Civil Veterinary Dept. Assam report 1927-50 - 1927-1950
Year: 1927
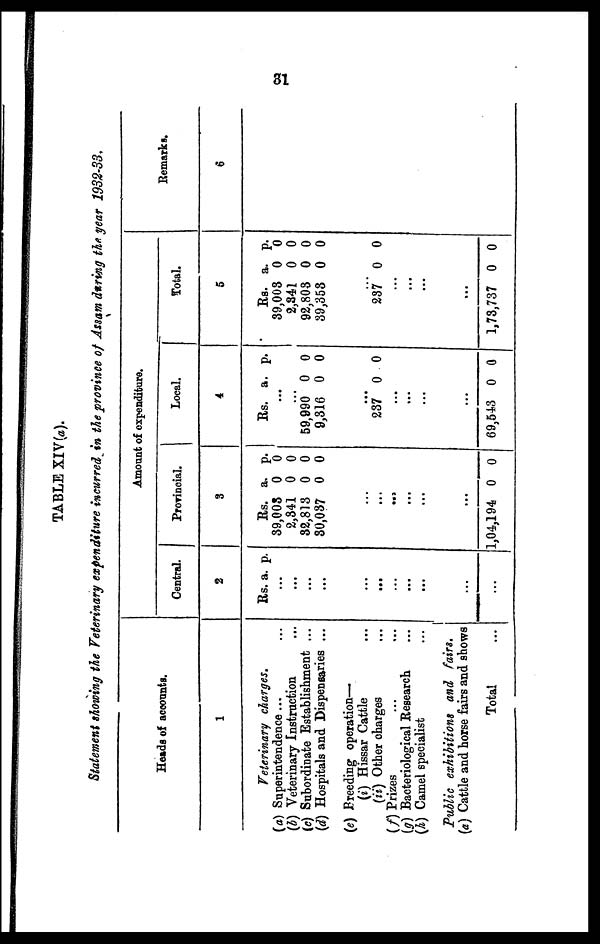
31
TABLE XIV(a).
Statement showing the Veterinary expenditure incurred in the province of Assam during the year 1932-33.
Heads of accounts.
1
Veterinary charges.
(a) Superintendence... ...
(b) Veterinary Instruction ...
(c) Subordinate Establishment ...
(d) Hospitals and Dispensaries ...
(e) Breeding operation—
(i) Hissar Cattle ...
(ii) Other charges ...
(f) Prizes ... ...
(g) Bacteriological Research ...
(h) Camel specialist ...
Public exhibitions and fairs.
(a) Cattle and horse fairs and shows
Total ...
Amount of expenditure.
Central.
2
Rs. a. p.
...
...
...
...
...
...
...
...
...
...
...
Provincial.
3
Rs.
39,005
2,341
32,813
30,037
...
...
...
...
...
...
1,04,194
a.
0
0
0
0
0
p.
0
0
0
0
0
Local.
4
Rs.
...
...
59,990
9,316
...
237
...
...
...
...
69,543
a.
0
0
0
0
p.
0
0
0
0
Total.
5
Rs.
39,003
2,341
92,803
39,353
...
237
...
...
...
...
1,73,737
a.
0
0
0
0
0
0
p.
0
0
0
0
0
0
Remarks.
6